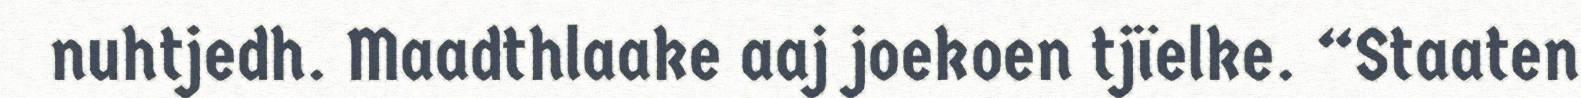
nuhtjedh. Maadthlaake aaj joekoen tjïelke. “Staaten